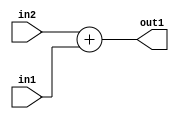
`timescale 1ps / 1ps
/*****************************************************************************
    Verilog RTL Description
    
    
    Created by: Stratus DpOpt 2019.1.01 
*******************************************************************************/

module DC_Filter_Add_12Ux8U_12U_1 (
	in2,
	in1,
	out1
	); /* architecture "behavioural" */ 
input [11:0] in2;
input [7:0] in1;
output [11:0] out1;
wire [11:0] asc001;

assign asc001 = 
	+(in2)
	+(in1);

assign out1 = asc001;
endmodule

/* CADENCE  urn1SQg= : u9/ySgnWtBlWxVPRXgAZ4Og= ** DO NOT EDIT THIS LINE ******/